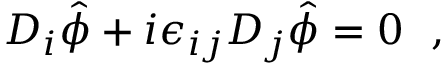
D _ { i } \hat { \phi } + i \epsilon _ { i j } D _ { j } \hat { \phi } = 0 ~ ~ ,